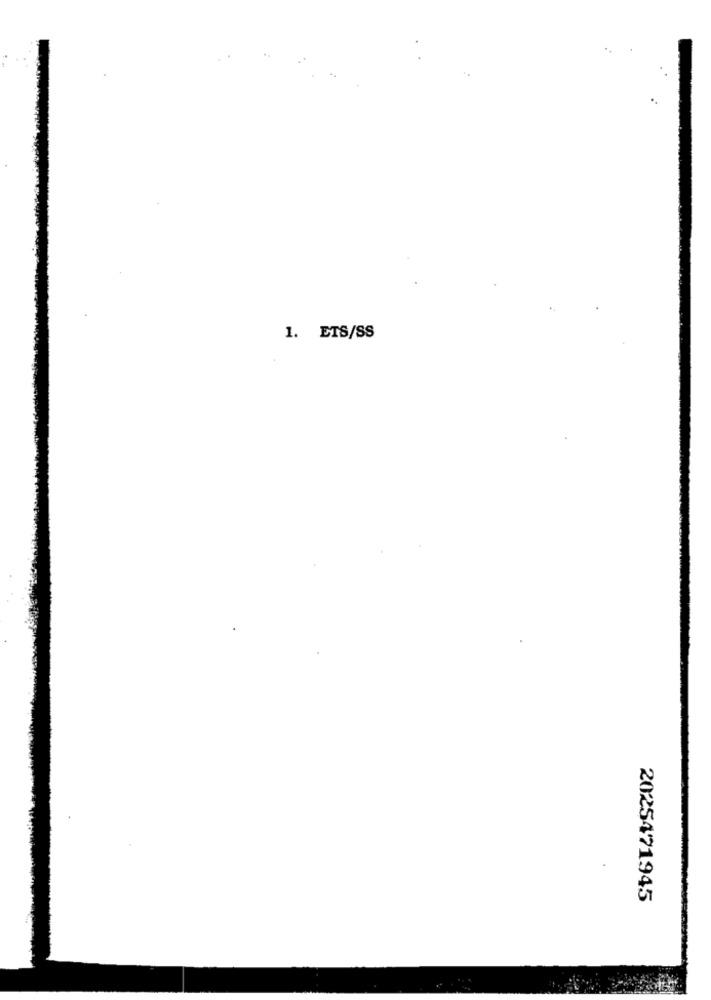
1. ETS/SS
2025471945